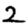
Digit: 2